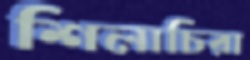
শিলাচিরা